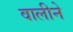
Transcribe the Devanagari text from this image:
वालीने